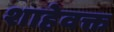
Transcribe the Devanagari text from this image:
शाहेवक्त